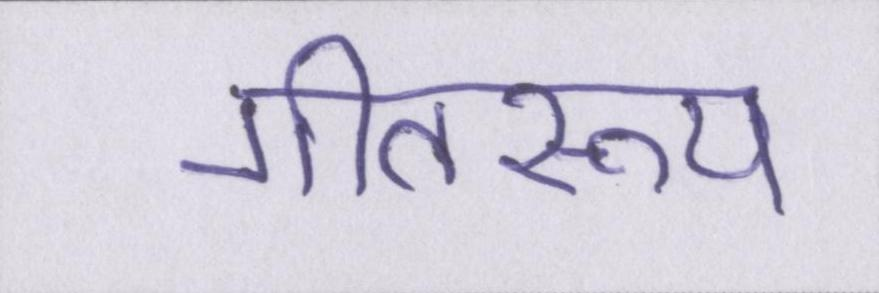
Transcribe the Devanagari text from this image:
गीतरूप